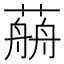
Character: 𦼎